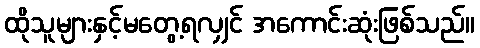
ထိုသူများနှင့်မတွေ့ရလျှင် အကောင်းဆုံးဖြစ်သည်။